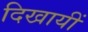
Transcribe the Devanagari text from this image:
दिखायीं